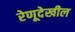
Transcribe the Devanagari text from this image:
रेणूदेखील